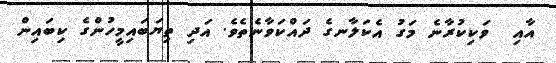
އާއި  ވަކިކުރާނެ މަގު އެކަލާނގެ ދައްކަވާނެތެވެ. އަދި ތިޔަބައިމީހުންގެ ކިބައިން